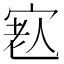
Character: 𡨳